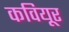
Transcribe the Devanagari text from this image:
कवियूर